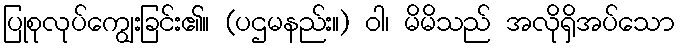
ပြုစုလုပ်ကျွေးခြင်း၏။ (ပဌမနည်း။) ဝါ၊ မိမိသည် အလိုရှိအပ်သော